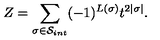
Z = \sum _ { \sigma \in { \cal S } _ { i n t } } ( - 1 ) ^ { L ( \sigma ) } t ^ { 2 | \sigma | } .